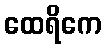
ထေရိကေ